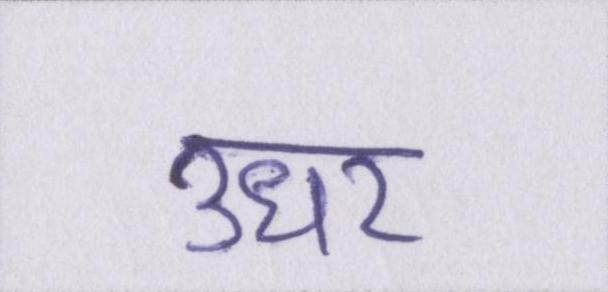
उधर